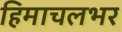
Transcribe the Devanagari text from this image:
हिमाचलभर